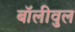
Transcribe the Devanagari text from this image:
बॉलीवुल